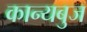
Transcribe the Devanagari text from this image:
कान्यबुज